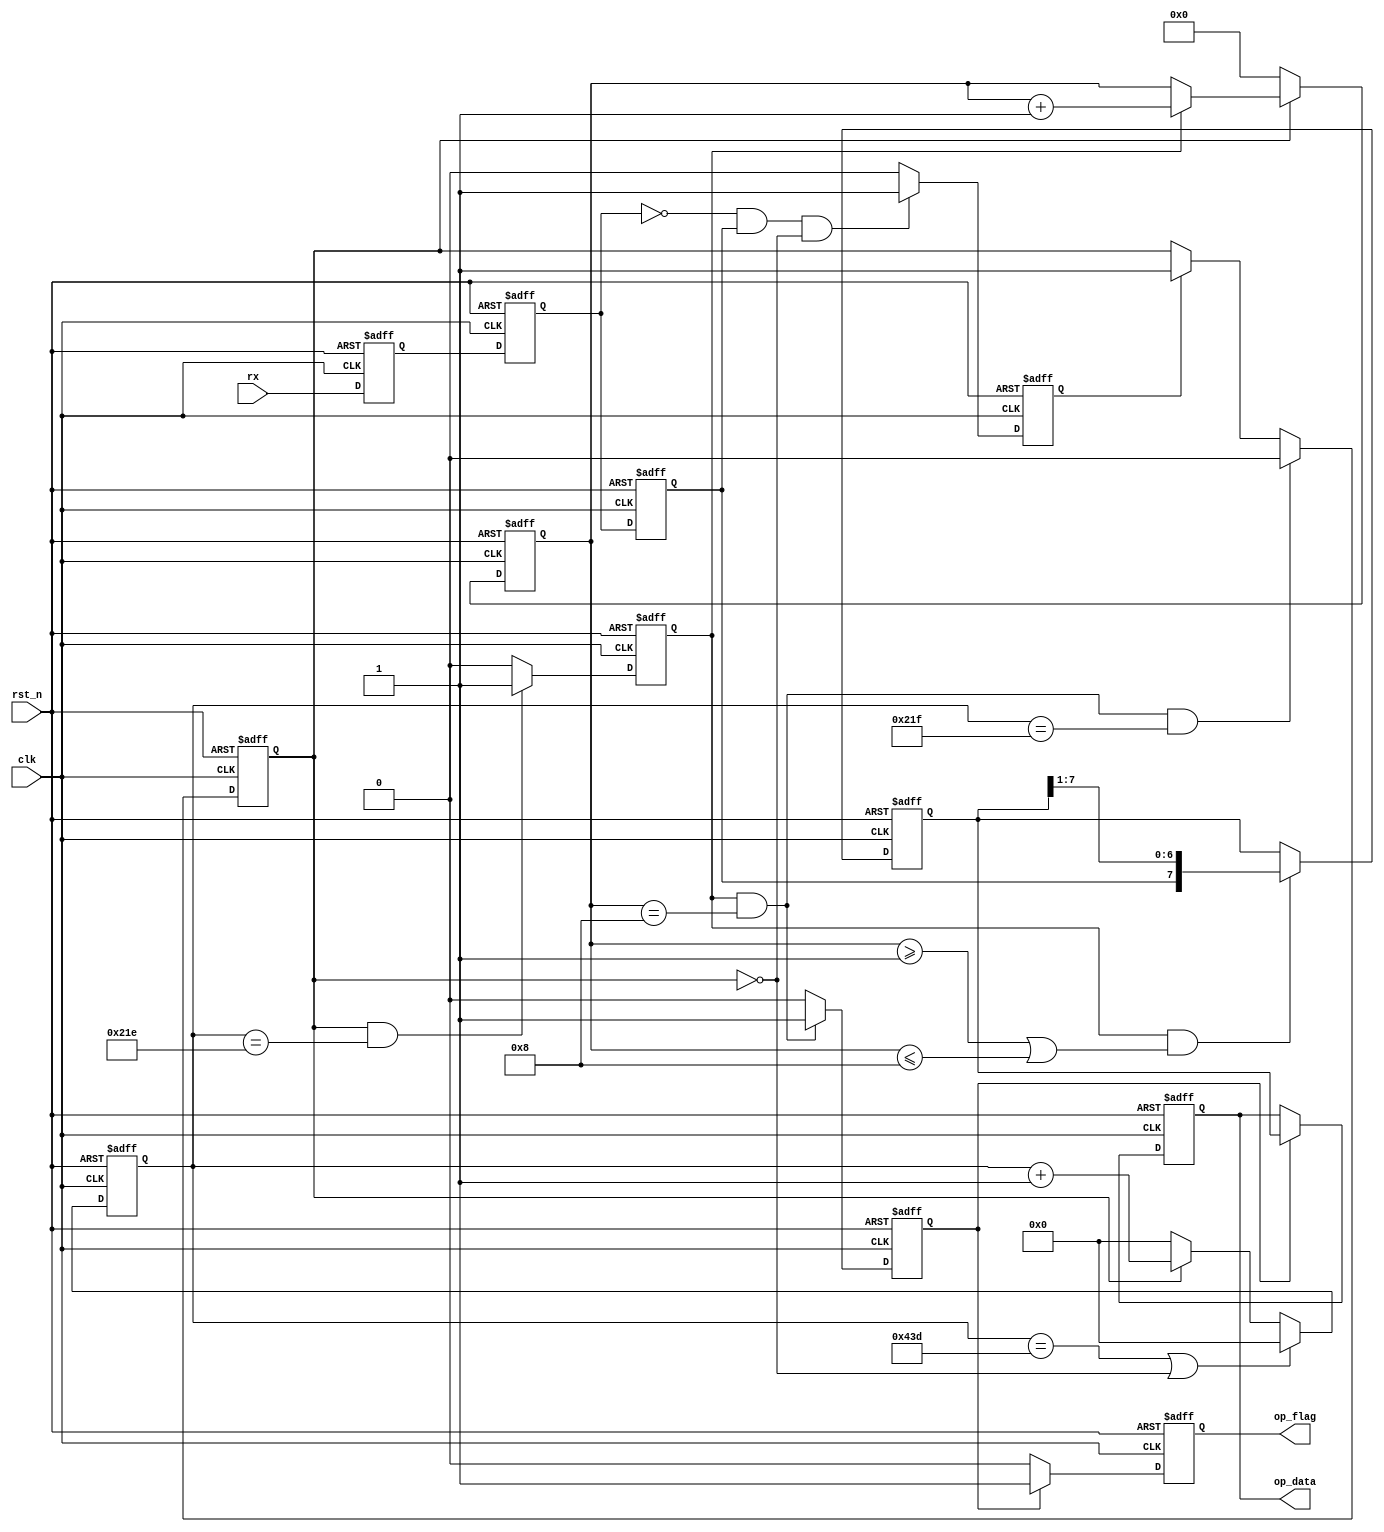
module UART_Rx 
#(
	parameter baud_cnt_max = 16'd1085
)
(
	input clk,
	input rst_n,
	input rx,
	output reg op_flag,
	output reg [7:0] op_data
);
	
	//Tmet
	reg rx_clap_1;
	reg rx_clap_2;
	reg rx_clap_3;

	reg start_flag;
	reg work_en;

	reg [15:0] baud_cnt;
	reg bit_flag;	
	reg [3:0] bit_cnt;	//

	reg [7:0] rx_data;	//
	reg rx_flag;

	/*clap logic*/
	always @(posedge clk or negedge rst_n) begin
		if(~rst_n) begin
			rx_clap_1 <= 1'd1;
			rx_clap_2 <= 1'd1;
			rx_clap_3 <= 1'd1;
		end else begin
			rx_clap_1 <= rx;
			rx_clap_2 <= rx_clap_1;
			rx_clap_3 <= rx_clap_2;
		end
	end

	/**/
	always @(posedge clk or negedge rst_n) begin
		if(~rst_n) begin
			start_flag <= 1'd0;
		end else if(!rx_clap_2 && rx_clap_3 && !work_en) begin
			start_flag <= 1'd1;
		end else begin
			start_flag <= 1'd0;
		end
	end

	/**/
	always @(posedge clk or negedge rst_n) begin
		if(~rst_n) begin
			work_en <= 1'd0;
		end else if(bit_flag && bit_cnt == 4'd8 && baud_cnt == (baud_cnt_max >> 1) + 16'd1) begin
			work_en <= 1'd0;
		end else if(start_flag) begin
			work_en <= 1'd1;
		end else begin
			work_en <= work_en;
		end
	end

	/*baud_cnt*/
	always @(posedge clk or negedge rst_n) begin
		if(~rst_n) begin
			baud_cnt <= 16'd0;
		end else if(baud_cnt == baud_cnt_max || !work_en) begin
			baud_cnt <= 16'd0;
		end else if(work_en) begin
			baud_cnt <= baud_cnt + 16'd1;
		end else begin
			baud_cnt <= 16'd0;
		end
	end

	/*bit_flag*/
	always @(posedge clk or negedge rst_n) begin
		if(~rst_n) begin
			bit_flag <= 1'd0;
		end else if(work_en && baud_cnt == baud_cnt_max >> 1) begin
			bit_flag <= 1'd1;
		end else begin
			bit_flag <= 1'd0;
		end
	end

	/*bit_cnt*/
	always @(posedge clk or negedge rst_n) begin
		if(~rst_n) begin
			bit_cnt <= 4'd0;
		end else if(!work_en) begin
			bit_cnt <= 4'd0;
		end else if(bit_flag) begin
			bit_cnt <= bit_cnt + 4'd1;
		end else begin
			bit_cnt <= bit_cnt;
		end
	end

	/*rx_data*/
	always @(posedge clk or negedge rst_n) begin
		if(~rst_n) begin
			rx_data <= 8'd0;
		end else if(bit_flag && (bit_cnt >= 4'd1 || bit_cnt <= 4'd8)) begin
			rx_data <= {rx_clap_3,rx_data[7:1]};
		end else begin
			rx_data <= rx_data;
		end
	end

	/*rx_flag*/
	always @(posedge clk or negedge rst_n) begin
		if(~rst_n) begin
			rx_flag <= 1'd0;
		end else if(bit_flag && bit_cnt == 4'd8) begin
			rx_flag <= 1'd1;
		end else begin
			rx_flag <= 1'd0;
		end
	end

	/*output op_flag*/
	always @(posedge clk or negedge rst_n) begin
		if(~rst_n) begin
			op_flag <= 1'd0;
		end else if(rx_flag) begin
			op_flag <= 1'd1;
		end else begin
			op_flag <= 1'd0;
		end
	end

	/*output op_data*/
	always @(posedge clk or negedge rst_n) begin
		if(~rst_n) begin
			op_data <= 8'd0;
		end else if(rx_flag) begin
			op_data <= rx_data;
		end else begin
			op_data <= op_data;
		end
	end

endmodule